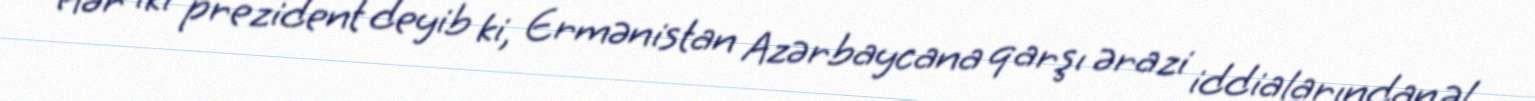
Hər iki prezident deyib ki, Ermənistan Azərbaycana qarşı ərazi iddialarından əl